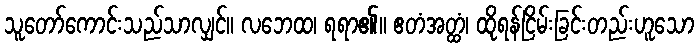
သူတော်ကောင်းသည်သာလျှင်။ လဘေထ၊ ရရာ၏။ ဧတံအတ္ထံ၊ ထိုရန်ငြိမ်းခြင်းတည်းဟူသော